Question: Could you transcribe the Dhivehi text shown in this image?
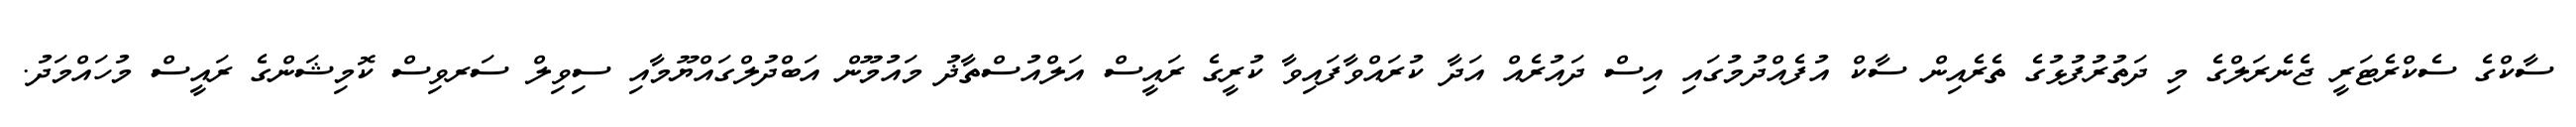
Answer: ސާކްގެ ސެކްރެޓަރީ ޖެނެރަލްގެ މި ދަތުރުފުޅުގެ ތެރެއިން ސާކް އުފެއްދުމުގައި އިސް ދައުރެއް އަދާ ކުރައްވާފައިވާ ކުރީގެ ރައީސް އަލްއުސްތާޛު މައުމޫން އަބްދުލްގައްޔޫމާއި ސިވިލް ސަރވިސް ކޮމިޝަންގެ ރައީސް މުހައްމަދު.